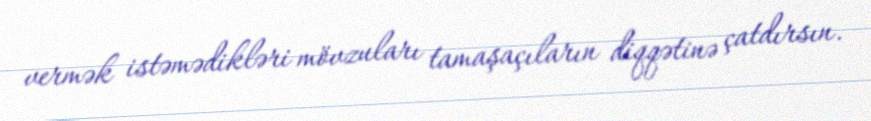
vermək istəmədikləri mövzuları tamaşaçıların diqqətinə çatdırsın.